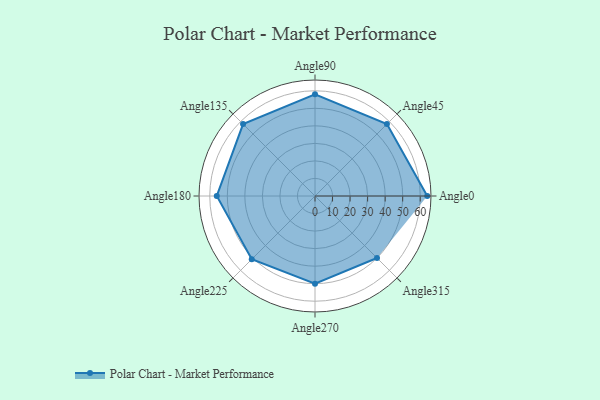
{"axis": {"x": "Angle", "y": "Radius"}, "legend": [""], "data": [{"x": "Angle0", "y": 64.0, "type": ""}, {"x": "Angle45", "y": 58.0, "type": ""}, {"x": "Angle90", "y": 58.0, "type": ""}, {"x": "Angle135", "y": 58.0, "type": ""}, {"x": "Angle180", "y": 56.0, "type": ""}, {"x": "Angle225", "y": 51.0, "type": ""}, {"x": "Angle270", "y": 50, "type": ""}, {"x": "Angle315", "y": 50, "type": ""}]}